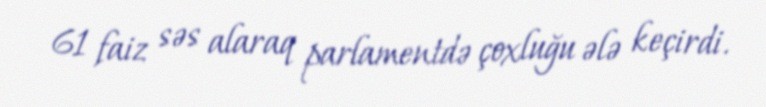
61 faiz səs alaraq parlamentdə çoxluğu ələ keçirdi.